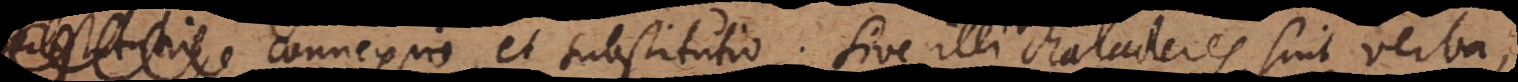
connexio, et substitutio. Sive illi characteres sint verba,